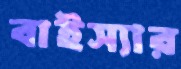
বাইস্যার